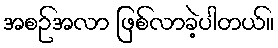
အစဉ်အလာ ဖြစ်လာခဲ့ပါတယ်။